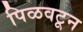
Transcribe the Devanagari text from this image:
पिळवटून